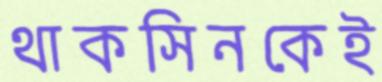
থাকসিনকেই